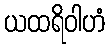
ယထရိဝါဟံ